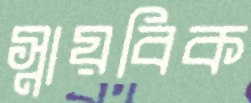
স্নায়বিক